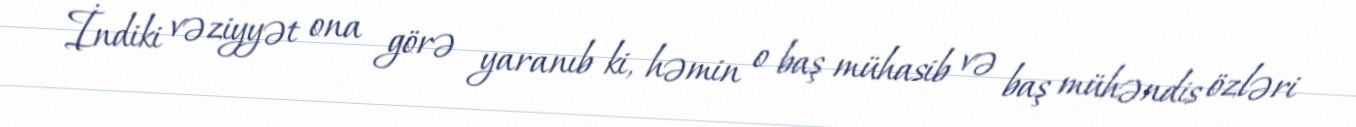
İndiki vəziyyət ona görə yaranıb ki, həmin o baş mühasib və baş mühəndis özləri